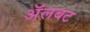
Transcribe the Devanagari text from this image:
अॅलबट